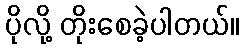
ပိုလို့ တိုးစေခဲ့ပါတယ်။